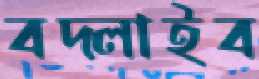
বদ্‌লাইব